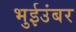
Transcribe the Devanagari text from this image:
भुईउंबर